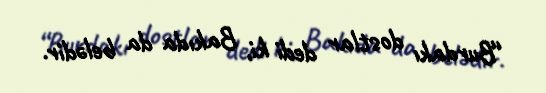
“Burdakı dostlar dedi ki, Bakıda da belədir.